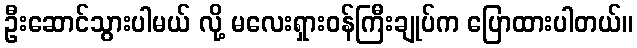
ဦးဆောင်သွားပါမယ် လို့ မလေးရှားဝန်ကြီးချုပ်က ပြောထားပါတယ်။